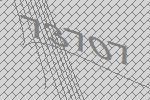
73707